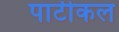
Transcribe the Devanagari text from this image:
पार्टीकल